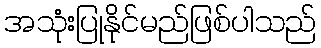
အသုံးပြုနိုင်မည်ဖြစ်ပါသည်